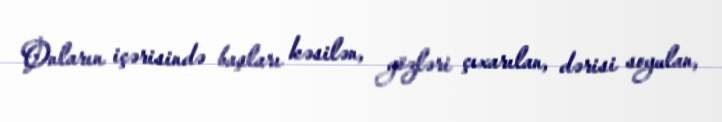
Onların içərisində başları kəsilən, gözləri çıxarılan, dərisi soyulan,